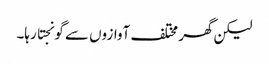
لیکن گھر مختلف آوازوں سے گونجتا رہا۔